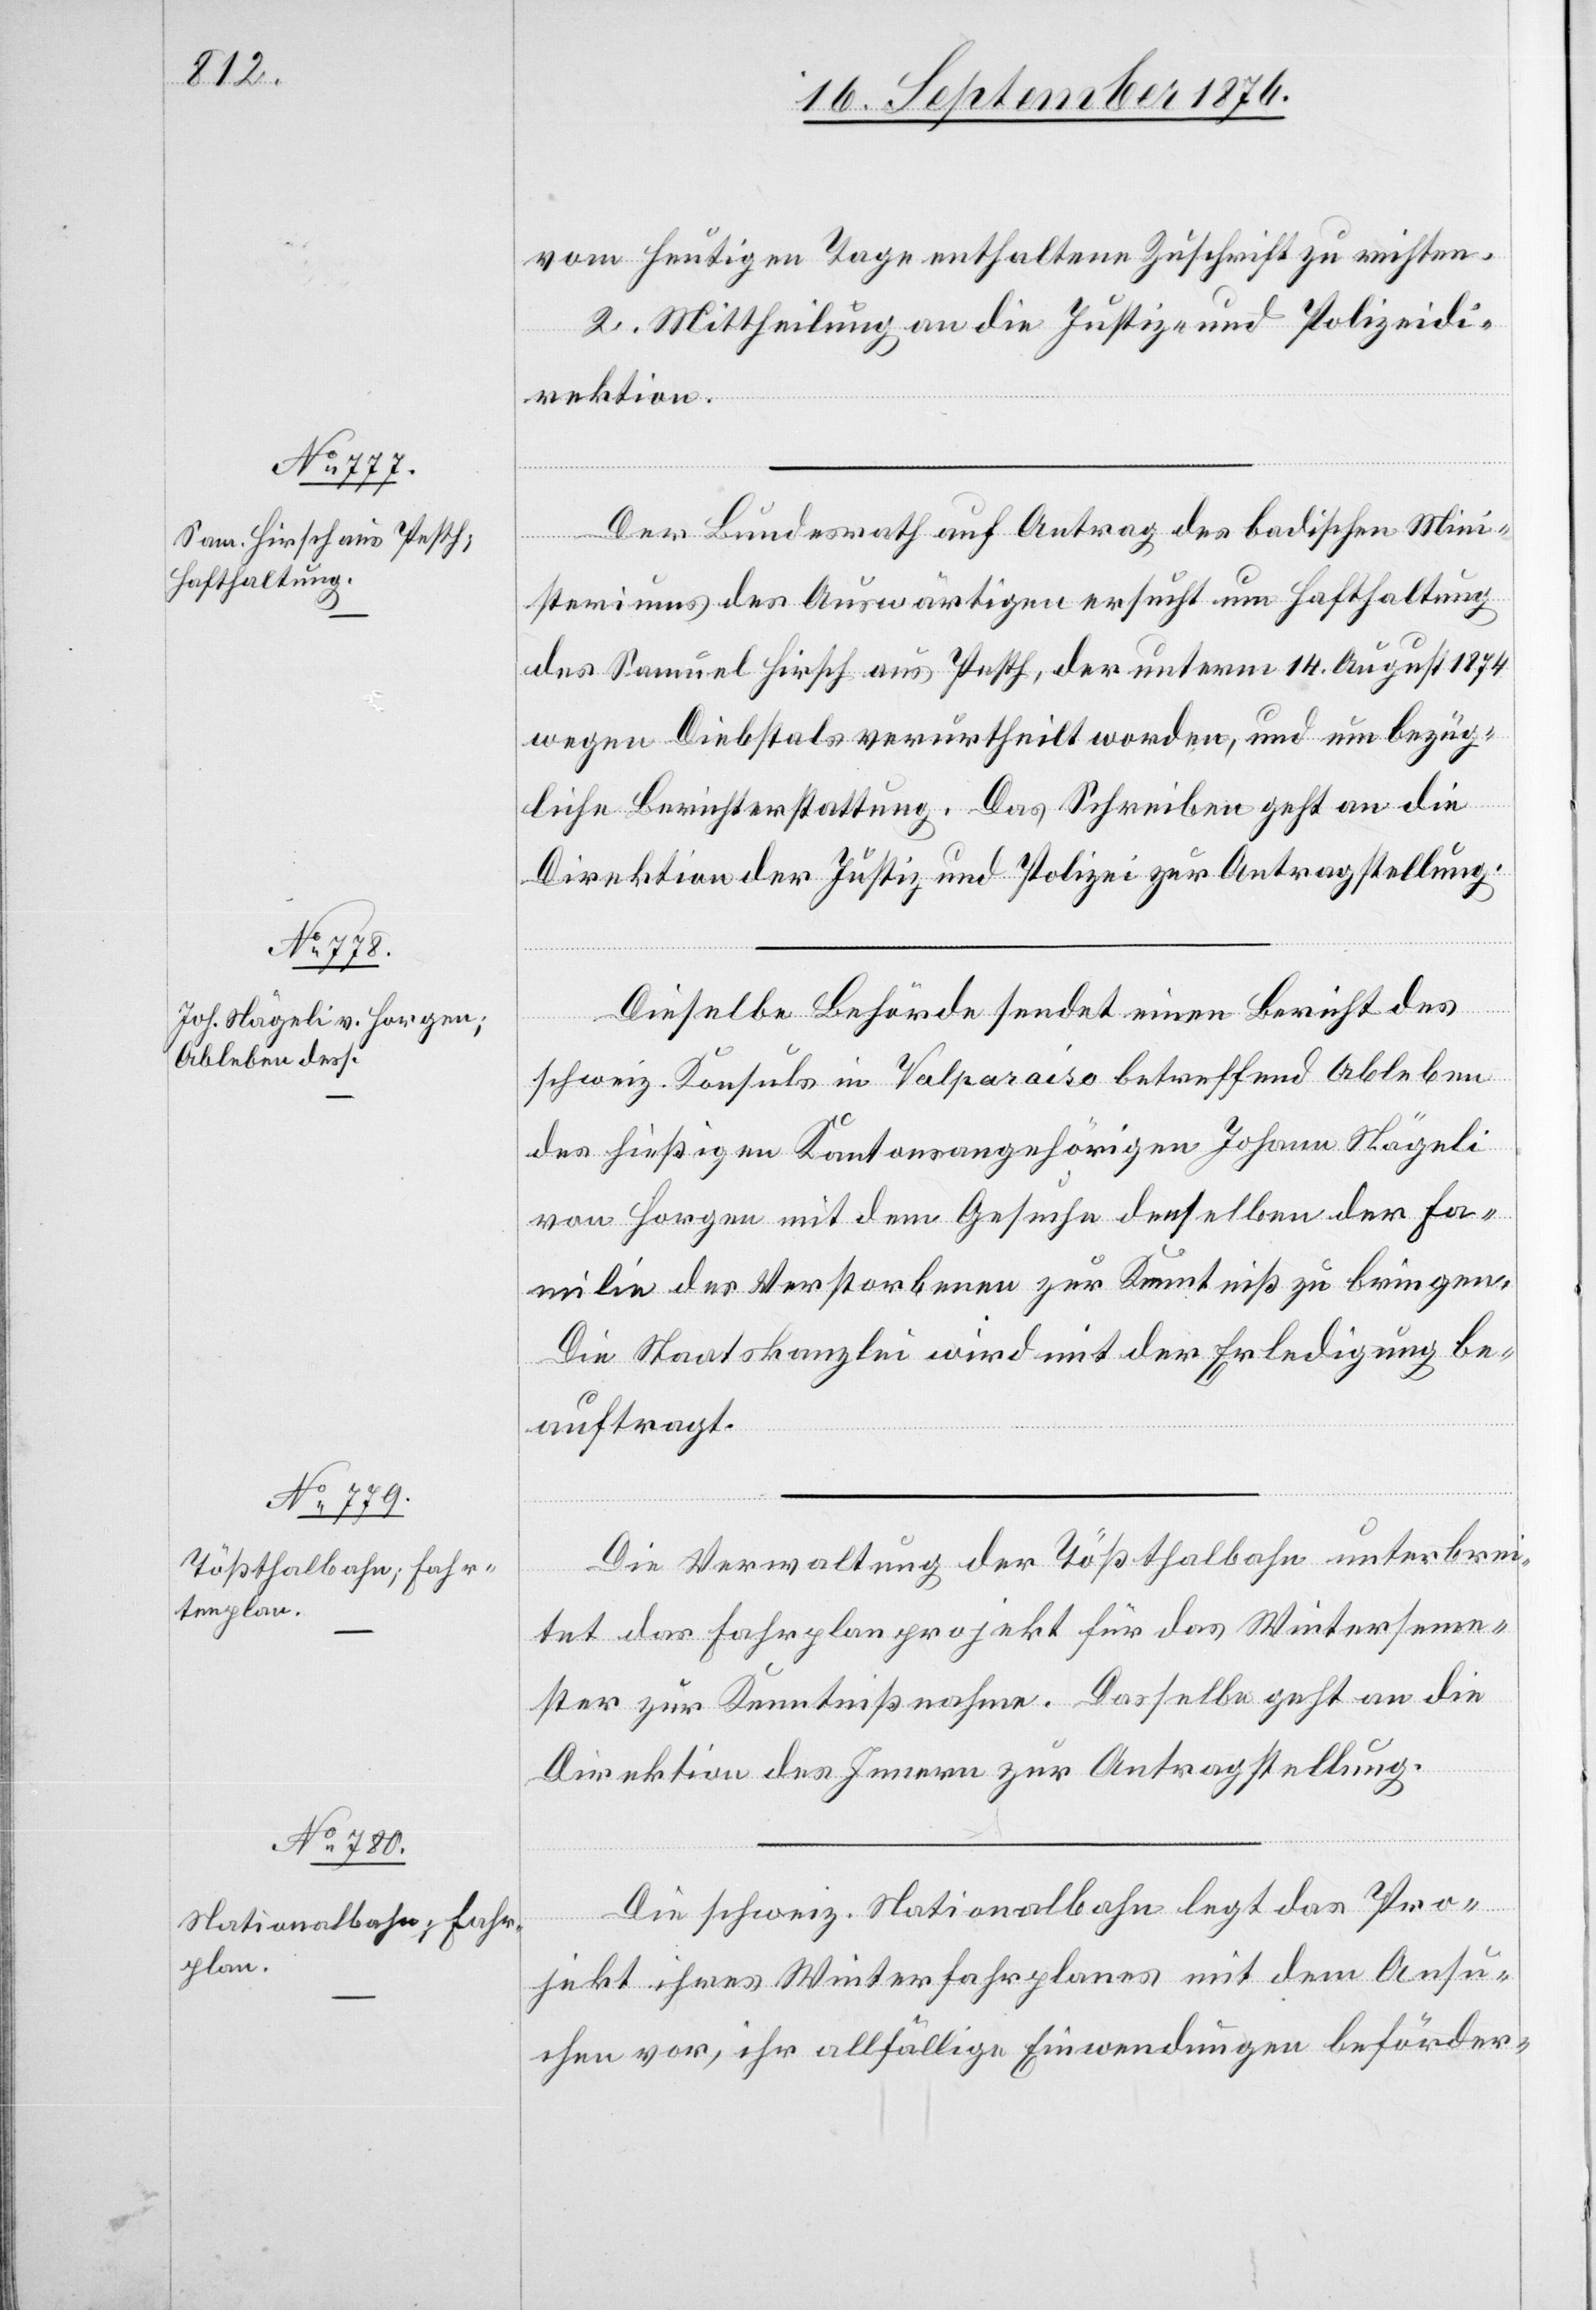
18. September 1876.]
vom heutigen Tage enthaltene Zuschrift zu richten.
2. Mittheilung an die Justiz- und Polizeidi¬
rektion.
Der Bundesrath auf Antrag des badischen Mini¬
steriums des Auswärtigen ersucht um Hafthaltung
des Samuel Hirsch aus Petsch, der unterm 14. August 1874
wegen Diebstals verurtheilt worden, und um bezüg¬
liche Berichterstattung. Das Schreiben geht an die
Direktion der Justiz und Polizei zur Antragstellung.
ung
Dieselbe Behörde sendet einen Bericht des
schweiz. Konsuls in Valparaiso betreffend Ableben
des hiesigen Kantonsangehörigen Johann Nägeli
von Horgen mit dem Gesuche denselben der Fa¬
milie der Verstorbenen zur Kenntniß zu bringen.
Die Staatskanzlei wird mit der Erledigung be¬
auftragt.
Die Verwaltung der Tößthalbahn unterbrei¬
tet das Fahrplanprojekt für das Winterseme¬
ster zur Kenntnißnahme. Dasselbe geht an die
Direktion des Innern zur Antragstellung.
Die schweiz. Nationalbahn legt das Pro¬
[Fortsetz¬
jekt ihres Winterfahrplanes mit dem Ansu¬
chen vor, ihr allfällige Einwendungen beförder-